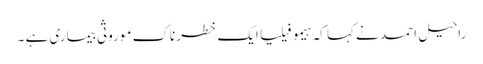
راحیل احمد نے کہا کہ ہیمو فیلیا ایک خطرناک موروثی بیماری ہے ۔